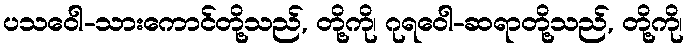
ပသဝေါ-သားကောင်တို့သည်, တို့ကို၊ ဂုရဝေါ-ဆရာတို့သည်, တို့ကို၊